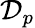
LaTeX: \mathcal{D}_{p}